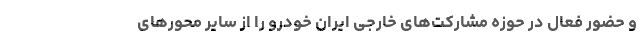
و حضور فعال در حوزه مشارکت‌های خارجی ایران خودرو را از سایر محورهای